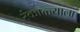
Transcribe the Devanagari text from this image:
रंकाळ्याला